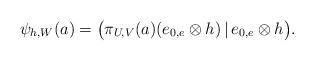
\begin{align*}\psi_{h,W}(a)=\big(\pi_{U,V}(a)(e_{0,e}\otimes h)\,|\,e_{0,e}\otimes h\big).\end{align*}